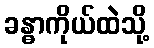
ခန္ဓာကိုယ်ထဲသို့